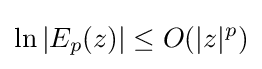
\ln |E_{p}(z)|\leq O(|z|^{p})